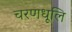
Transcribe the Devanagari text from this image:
चरणधूलि